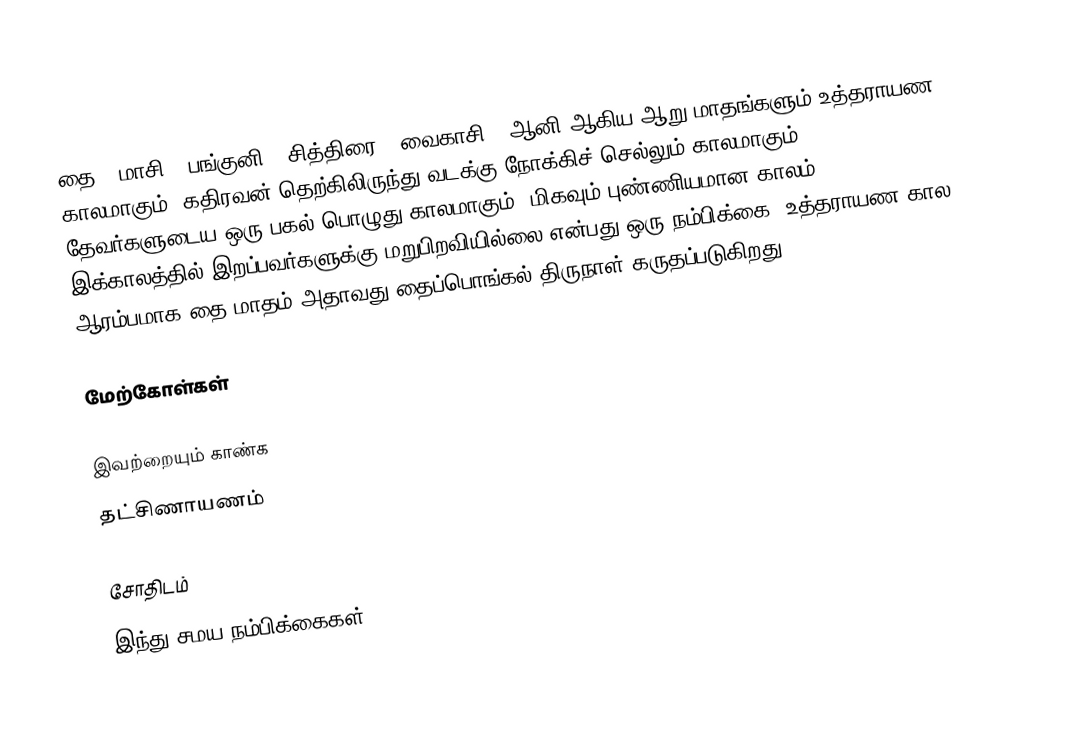
தை , மாசி , பங்குனி , சித்திரை , வைகாசி , ஆனி  ஆகிய ஆறு மாதங்களும் உத்தராயண காலமாகும். கதிரவன் தெற்கிலிருந்து வடக்கு நோக்கிச் செல்லும் காலமாகும். தேவர்களுடைய ஒரு பகல் பொழுது காலமாகும். மிகவும் புண்ணியமான காலம். இக்காலத்தில் இறப்பவர்களுக்கு மறுபிறவியில்லை என்பது ஒரு நம்பிக்கை. உத்தராயண கால ஆரம்பமாக தை மாதம் அதாவது தைப்பொங்கல் திருநாள் கருதப்படுகிறது.

மேற்கோள்கள்

இவற்றையும் காண்க
தட்சிணாயணம்

சோதிடம்
இந்து சமய நம்பிக்கைகள்